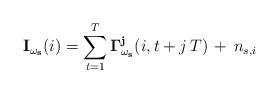
LaTeX: \begin{align*} \mathbf{I_{\omega_s}}(i) = \sum_{t = 1}^{T} \mathbf{\Gamma_{\omega_s}^{j}}(i, t + j \, T)\, + \, n_{s, i}\end{align*}